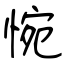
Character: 惋